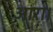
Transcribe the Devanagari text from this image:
आरा।